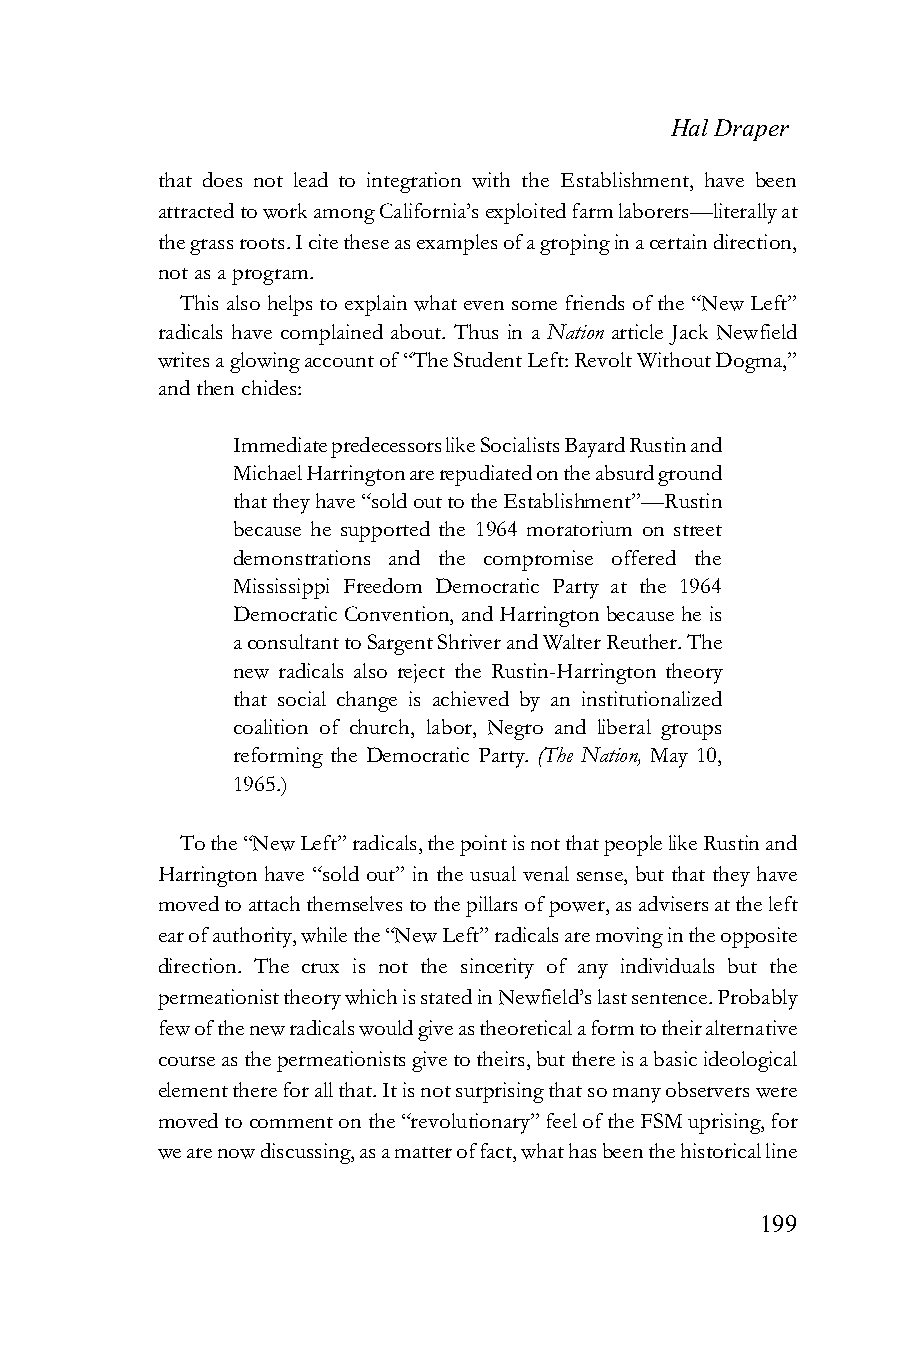
Hal Draper
 that does not lead to integration with the Establishment, have been
 attracted to work among California’s exploited farm laborers—literally at
 the grass roots. I cite these as examples of a groping in a certain direction,
 not as a program.
 This also helps to explain what even some friends of the “New Left”
 radicals have complained about. Thus in a Nation article Jack Newfield
 writes a glowing account of “The Student Left: Revolt Without Dogma,”
 and then chides:
 Immediate predecessors like Socialists Bayard Rustin and
 Michael Harrington are repudiated on the absurd ground
 that they have “sold out to the Establishment”—Rustin
 because he supported the 1964 moratorium on street
 demonstrations and the compromise offered the
 Mississippi Freedom Democratic Party at the 1964
 Democratic Convention, and Harrington because he is
 a consultant to Sargent Shriver and Walter Reuther. The
 new radicals also reject the Rustin-Harrington theory
 that social change is achieved by an institutionalized
 coalition of church, labor, Negro and liberal groups
 reforming the Democratic Party. (The Nation, May 10,
 1965.)
 To the “New Left” radicals, the point is not that people like Rustin and
 Harrington have “sold out” in the usual venal sense, but that they have
 moved to attach themselves to the pillars of power, as advisers at the left
 ear of authority, while the “New Left” radicals are moving in the opposite
 direction. The crux is not the sincerity of any individuals but the
 permeationist theory which is stated in Newfield’s last sentence. Probably
 few of the new radicals would give as theoretical a form to their alternative
 course as the permeationists give to theirs, but there is a basic ideological
 element there for all that. It is not surprising that so many observers were
 moved to comment on the “revolutionary” feel of the FSM uprising, for
 we are now discussing, as a matter of fact, what has been the historical line
 199